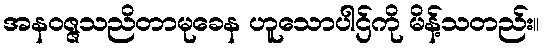
အနဝဇ္ဇသညိတာမုခေန ဟူသောပါဌ်ကို မိန့်သတည်း။